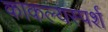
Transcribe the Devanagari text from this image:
काकल्यस्पर्श